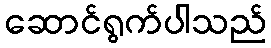
ဆောင်ရွက်ပါသည်